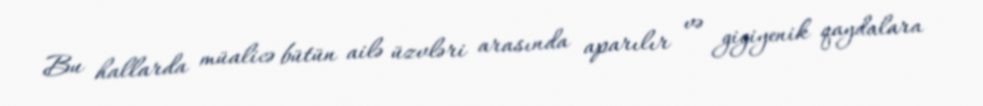
Bu hallarda müalicə bütün ailə üzvləri arasında aparılır və gigiyenik qaydalara